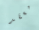
معقد